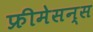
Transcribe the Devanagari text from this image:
फ्रीमेसन्स